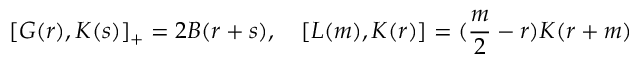
[ G ( r ) , K ( s ) ] _ { + } = 2 B ( r + s ) , \quad [ L ( m ) , K ( r ) ] = ( \frac { m } { 2 } - r ) K ( r + m )